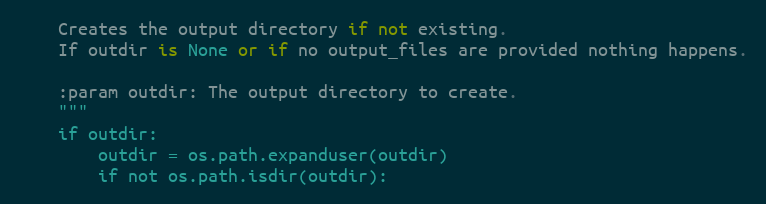
Language: Python
    Creates the output directory if not existing.
    If outdir is None or if no output_files are provided nothing happens.

    :param outdir: The output directory to create.
    """
    if outdir:
        outdir = os.path.expanduser(outdir)
        if not os.path.isdir(outdir):